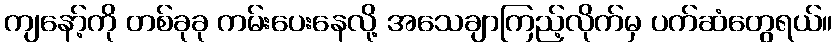
ကျနော့်ကို တစ်ခုခု ကမ်းပေးနေလို့ အသေချာကြည့်လိုက်မှ ပက်ဆံတွေရယ်။